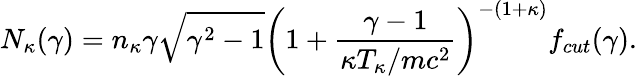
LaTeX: N_{\kappa}(\gamma)=n_{\kappa}\gamma\sqrt{\gamma^{2}-1}\left(1+\frac{\gamma-1}{\kappa T_{\kappa}/mc^{2}}\right)^{-(1+\kappa)}f_{cut}(\gamma).